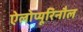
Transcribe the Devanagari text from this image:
ऐलोप्यूरिनौल